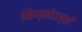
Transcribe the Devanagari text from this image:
मिण्कोवस्की